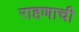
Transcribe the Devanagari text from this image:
राहणाची